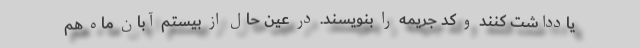
یادداشت کنند و کد جریمه را بنویسند. در عین حال از بیستم آبان ماه هم